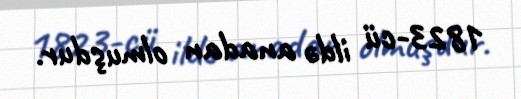
1823-cü ildə anadan olmuşdur.